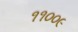
૧૧૦૦૯